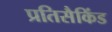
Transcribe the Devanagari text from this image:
प्रतिसैकिंड